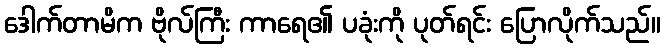
ဒေါက်တာမိက ဗိုလ်ကြီး ကာရေ၏ ပခုံးကို ပုတ်ရင်း ပြောလိုက်သည်။